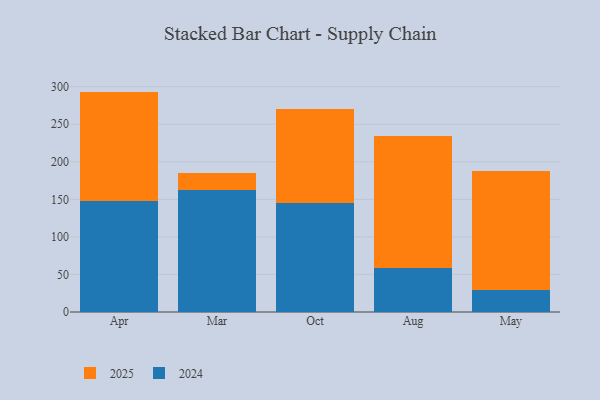
{"axis": {"x": "Month", "y": "Shipments"}, "legend": ["2024", "2025"], "data": [{"x": "Apr", "y": 148.3, "type": "2024"}, {"x": "Apr", "y": 145.2, "type": "2025"}, {"x": "Mar", "y": 162.1, "type": "2024"}, {"x": "Mar", "y": 22.5, "type": "2025"}, {"x": "Oct", "y": 144.9, "type": "2024"}, {"x": "Oct", "y": 126.1, "type": "2025"}, {"x": "Aug", "y": 59.1, "type": "2024"}, {"x": "Aug", "y": 174.8, "type": "2025"}, {"x": "May", "y": 29.0, "type": "2024"}, {"x": "May", "y": 159.1, "type": "2025"}]}